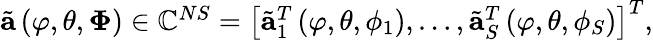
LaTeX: \begin{array}{r}{\tilde{\mathbf{a}}\left(\varphi,\theta,\boldsymbol{\Phi}\right)\in{\mathbb{C}^{NS}}=\left[\tilde{\mathbf{a}}_{1}^{T}\left(\varphi,\theta,\phi_{1}\right),\dots,\tilde{\mathbf{a}}_{S}^{T}\left(\varphi,\theta,\phi_{S}\right)\right]^{T},}\end{array}